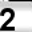
Digit: 2